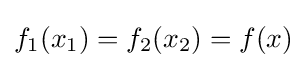
f_{1}(x_{1})=f_{2}(x_{2})=f(x)